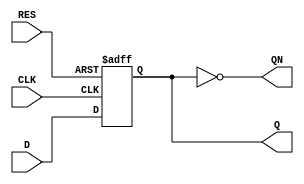
module DFFR_6B(D, CLK, RES, Q, QN);

	 parameter BW = 6;

	 input  signed[BW-1:0] D;
	 input CLK, RES;
	 output  signed[BW-1:0] QN,Q;
	 reg  signed[BW-1:0] Q;

	 always @(posedge CLK or posedge RES) begin
		if( RES == 1'b1)
			Q <= 0;
		else
			Q <= D;
	 end
	 
	 assign QN = ~Q;
	 
endmodule